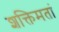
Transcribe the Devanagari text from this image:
शक्तिमतां